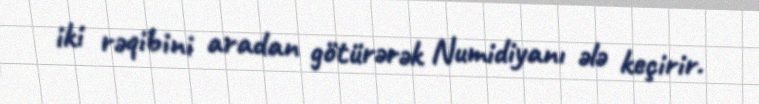
iki rəqibini aradan götürərək Numidiyanı ələ keçirir.